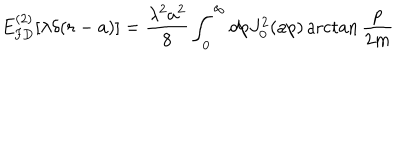
LaTeX: E _ { \mathrm { F D } } ^ { ( 2 ) } [ \lambda \delta ( r - a ) ] = \frac { \lambda ^ { 2 } a ^ { 2 } } { 8 } \int _ { 0 } ^ { \infty } d p J _ { 0 } ^ { 2 } ( a p ) \operatorname { a r c t a n } \frac { p } { 2 m }